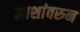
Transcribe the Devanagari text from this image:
माशांवरुन